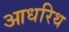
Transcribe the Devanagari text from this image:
आधरिथ